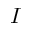
I